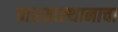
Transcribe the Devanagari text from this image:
वारसास्थानाचा